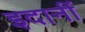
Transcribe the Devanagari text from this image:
इदानीं